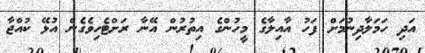
އަދި ހަމަލާދިނުމަށް ފަހު އާއިލާގެ މީހުންގެ އިތުރުން އޭނާ ރަށްޓެހިވެގެން އުޅޭ ކުއްޖާ